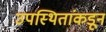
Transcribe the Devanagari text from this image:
उपस्थितांकडून